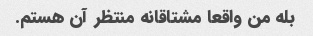
بله من واقعا مشتاقانه منتظر آن هستم.